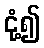
ငုံ့၍